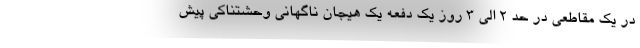
در یک مقاطعی در حد ۲ الی ۳ روز یک دفعه یک هیجان ناگهانی وحشتناکی پیش